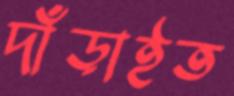
দাঁড়াইত